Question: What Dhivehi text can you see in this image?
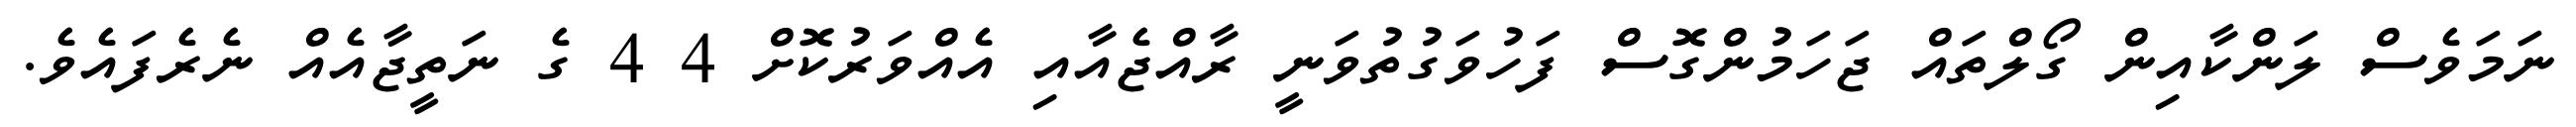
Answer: ނަމަވެސް ލަންކާއިން ގޯލްތައް ޖަހަމުންގޮސް ފަހުވަގުތުވަނީ ރާއްޖެއާއި އެއްވަރުކޮށް 4 4 ގެ ނަތީޖާއެއް ނެރެފައެވެ.